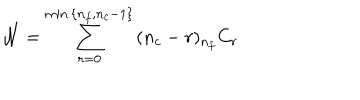
LaTeX: { \cal N } = \sum _ { r = 0 } ^ { \mathrm { m i n } \, \{ n _ { f } , n _ { c } - 1 \} } \, ( n _ { c } - r ) { } _ { n _ { f } } C _ { r }